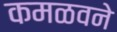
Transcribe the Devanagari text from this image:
कमळवने